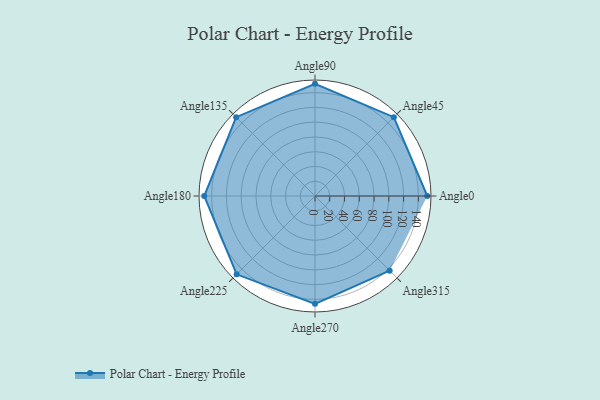
{"axis": {"x": "Angle", "y": "Radius"}, "legend": [""], "data": [{"x": "Angle0", "y": 152.0, "type": ""}, {"x": "Angle45", "y": 151.0, "type": ""}, {"x": "Angle90", "y": 152.0, "type": ""}, {"x": "Angle135", "y": 151.0, "type": ""}, {"x": "Angle180", "y": 150.0, "type": ""}, {"x": "Angle225", "y": 150.0, "type": ""}, {"x": "Angle270", "y": 146.0, "type": ""}, {"x": "Angle315", "y": 143.0, "type": ""}]}